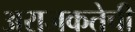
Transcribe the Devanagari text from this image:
अराजकतेची